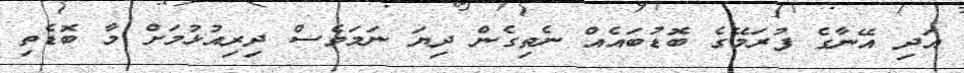
އަދި އޭނާގެ ފުރަމޭގެ ބޮޑުބައެއް ނެތިގެން ދިޔަ ނަމަވެސް ދިރިއުޅުމަށް މާ ބޮޑެތި